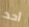
أحد